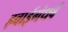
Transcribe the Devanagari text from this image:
हवाईगंधर्व